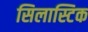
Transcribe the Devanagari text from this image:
सिलास्टिक